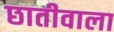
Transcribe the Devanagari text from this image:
छातीवाला